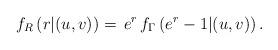
LaTeX: \begin{align*}f_{R}\left(r|(u,v)\right)=\, e^{r}\,f_{\Gamma}\left(e^{r}-1|(u,v)\right).\end{align*}